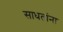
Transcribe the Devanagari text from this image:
साधतांना